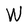
Character: W